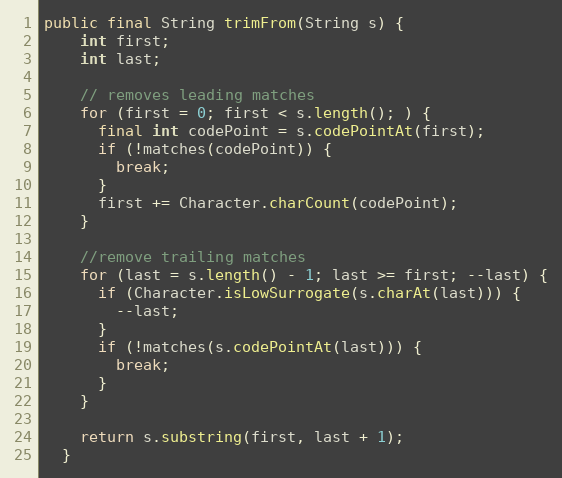
Language: Java
public final String trimFrom(String s) {
    int first;
    int last;

    // removes leading matches
    for (first = 0; first < s.length(); ) {
      final int codePoint = s.codePointAt(first);
      if (!matches(codePoint)) {
        break;
      }
      first += Character.charCount(codePoint);
    }

    //remove trailing matches
    for (last = s.length() - 1; last >= first; --last) {
      if (Character.isLowSurrogate(s.charAt(last))) {
        --last;
      }
      if (!matches(s.codePointAt(last))) {
        break;
      }
    }

    return s.substring(first, last + 1);
  }